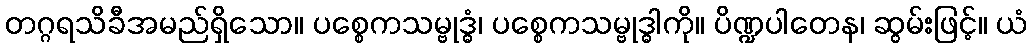
တဂ္ဂရသိခီအမည်ရှိသော။ ပစ္စေကသမ္ဗုဒ္ဓံ၊ ပစ္စေကသမ္ဗုဒ္ဓါကို။ ပိဏ္ဍပါတေန၊ ဆွမ်းဖြင့်။ ယံ